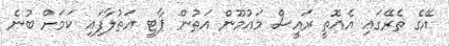
އޭގެ ތެރޭގައި އެއޮތީ ރައީސް މައުމޫން އަތުން ޕާޓީ އަތުލާފައި ކަމަށް ބުނެ